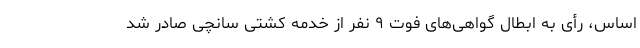
اساس، رأی به ابطال گواهی‌های فوت ۹ نفر از خدمه کشتی سانچی صادر شد